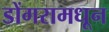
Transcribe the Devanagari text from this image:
डोंगरामधून